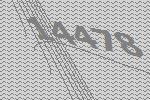
14478